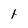
Character: t